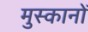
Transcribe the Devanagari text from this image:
मुस्कानों